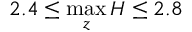
2 . 4 \leq \operatorname* { m a x } _ { z } H \leq 2 . 8